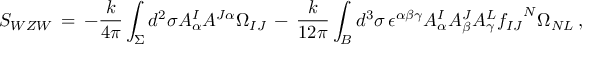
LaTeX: { \cal S } _ { W Z W } \, = \, - \frac { k } { 4 \pi } \int _ { \Sigma } d ^ { 2 } \sigma A _ { \alpha } ^ { I } A ^ { J \alpha } \Omega _ { I J } \, - \, \frac { k } { 1 2 \pi } \int _ { B } d ^ { 3 } \sigma \, \epsilon ^ { \alpha \beta \gamma } A _ { \alpha } ^ { I } A _ { \beta } ^ { J } A _ { \gamma } ^ { L } { f _ { I J } } ^ { N } \Omega _ { N L } \, ,